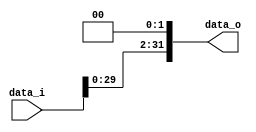
//Subject:      CO project 2 - Shift_Left_Two_32
//--------------------------------------------------------------------------------
//Version:     1
//--------------------------------------------------------------------------------
//Writer:      
//----------------------------------------------
//Date:        
//----------------------------------------------
//Description: 
//--------------------------------------------------------------------------------

module Shift_Left_Two_32(
    data_i,
    data_o
    );

//I/O ports                    
input [32-1:0] data_i;
output [32-1:0] data_o;

//shift left 2
     
assign data_o = {data_i[29:0],2'b00};
	  
endmodule